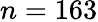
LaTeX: n=163